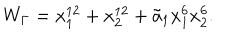
LaTeX: W _ { \Gamma } = x _ { 1 } ^ { 1 2 } + x _ { 2 } ^ { 1 2 } + { \tilde { a } _ { 1 } } x _ { 1 } ^ { 6 } x _ { 2 } ^ { 6 } .